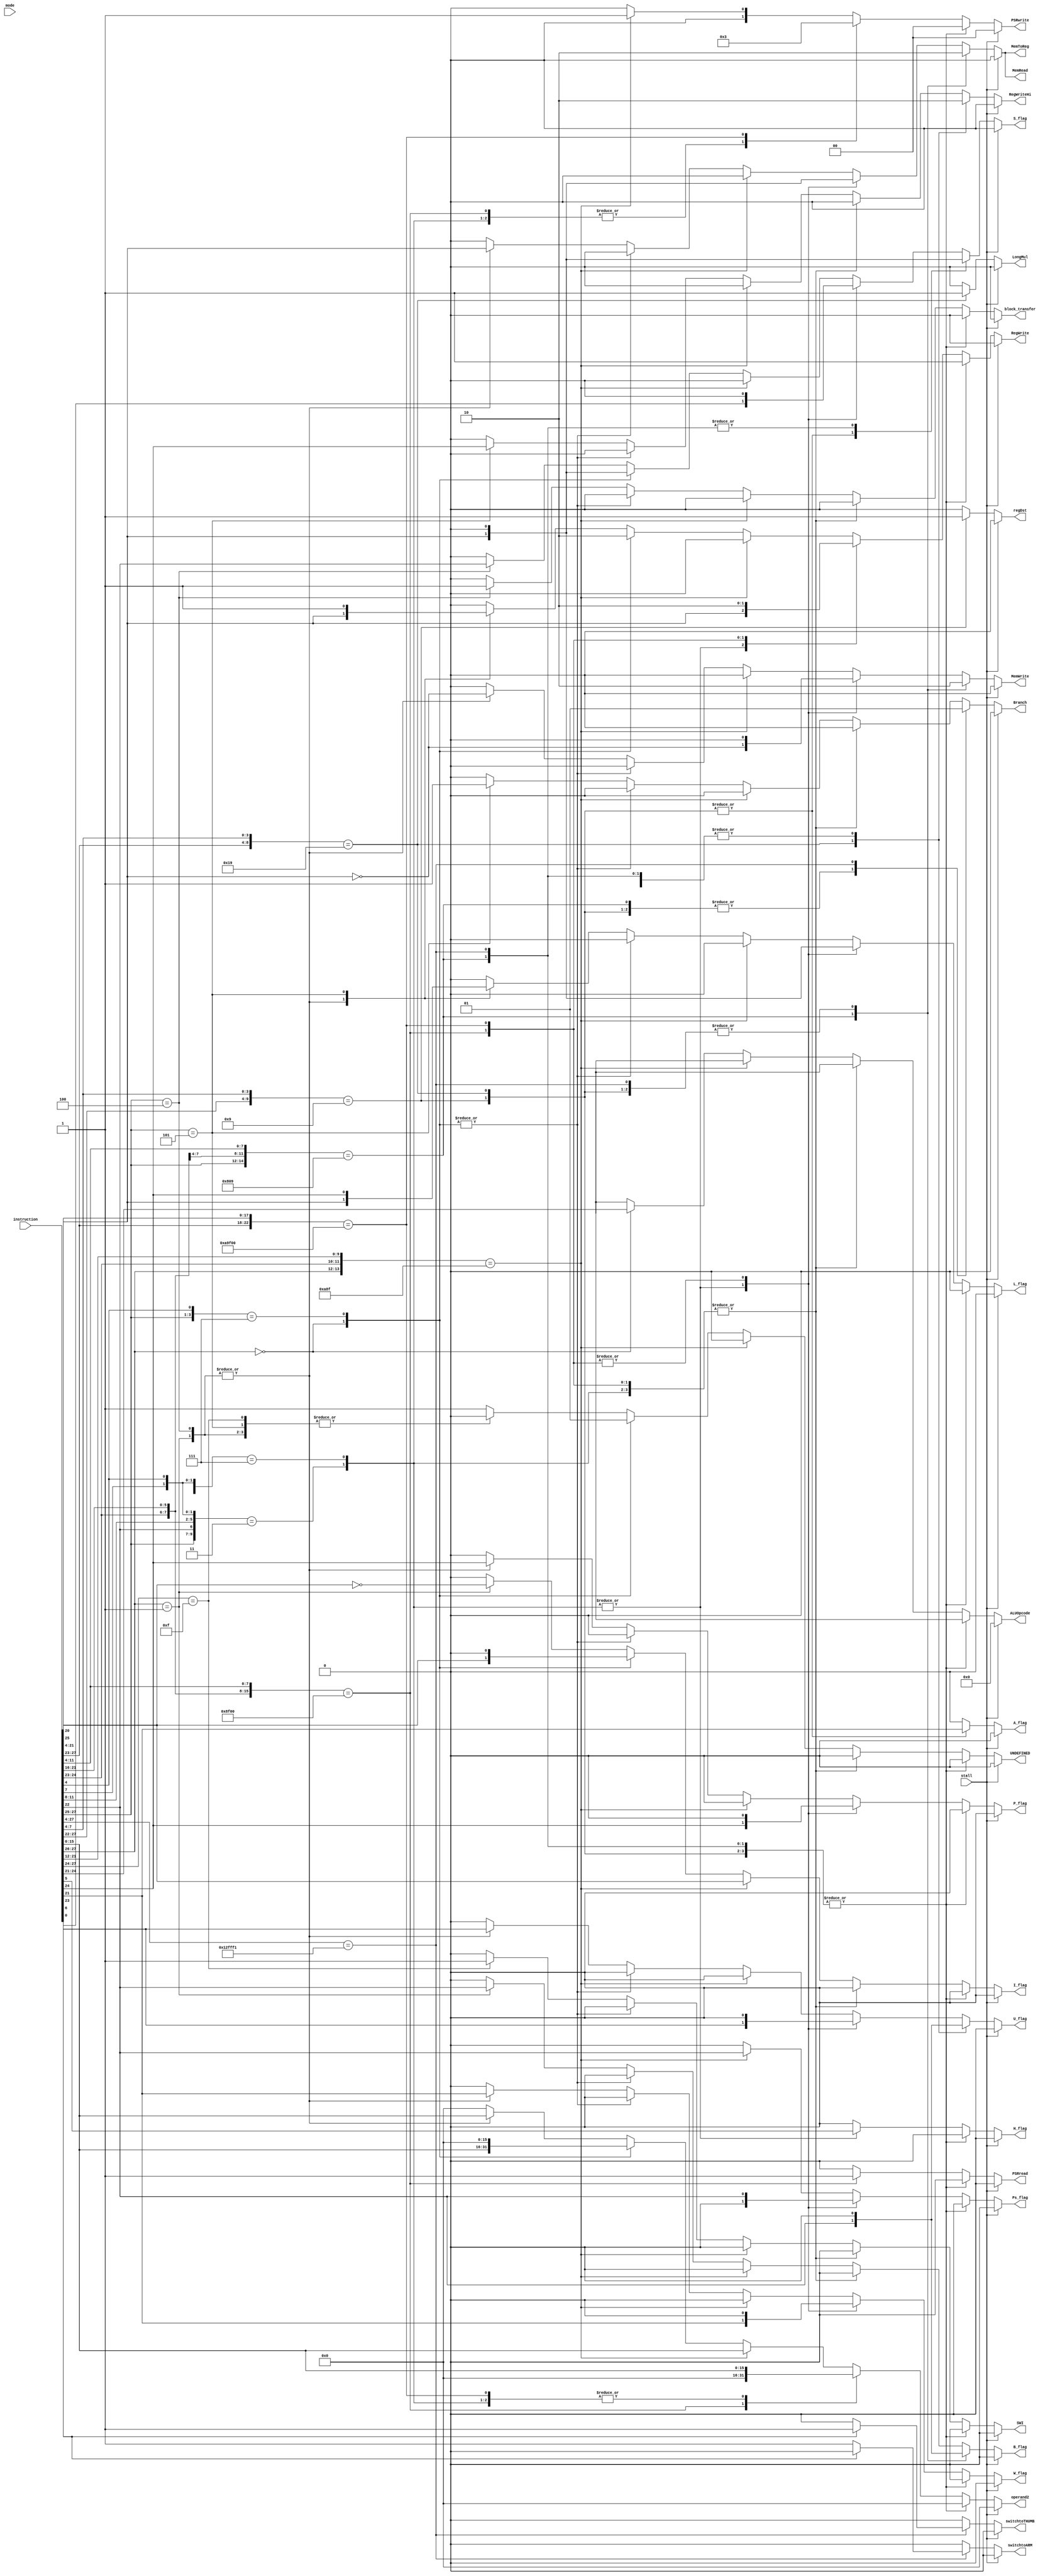
module control_unit(
    input wire [27:0] instruction,
    input wire [4:0] mode,
    input wire stall,
    output reg regDst,  //which region of the instruction denotes Rd?
                        // 0 for 15:12 (Lo),  1 for 19:16 (Hi)
    output reg MemToReg,
    output reg RegWrite,
    output reg RegWriteHi,
    output reg MemRead,
    output reg MemWrite,
    output reg Branch,
    output reg LongMul,
    output reg I_flag,
    output reg S_flag,
    output reg A_flag,
    output reg U_flag,
    output reg B_flag,
    output reg P_flag,
    output reg W_flag,
    output reg L_flag,
    output reg H_flag,
    output reg Ps_flag,
    output reg [1:0] PSRwrite, // 01 for partial write (flags), 11 for full
    output reg PSRread,
    output reg [3:0] ALUOpcode,
    output reg [15:0] operand2, //12 bits for immediate/shift stuff, 16 for block xfers
    output reg block_transfer,
    output reg switchtoARM,
    output reg switchtoTHUMB,
    output reg SWI,
    output reg UNDEFINED
);

always@(*)
  if (stall) begin
      regDst = 1'b0;
      MemToReg = 1'b0;
      RegWrite = 1'b0;
      RegWriteHi = 1'b0;
      MemRead = 1'b0;
      MemWrite = 1'b0;
      Branch = 1'b0;
      LongMul = 1'b0;
      I_flag = 1'b0;
      S_flag = 1'b0;
      A_flag = 1'b0;
      U_flag = 1'b0;
      B_flag = 1'b0;
      P_flag = 1'b0;
      W_flag = 1'b0;
      L_flag = 1'b0;
      H_flag = 1'b0;
      Ps_flag = 1'b0;
      PSRwrite = 2'b0;
      PSRread = 1'b0;
      ALUOpcode = 4'b0;
      operand2 = 12'b0;
      block_transfer = 1'b0;
      switchtoARM = 1'b0;
      switchtoTHUMB = 1'b0;
      SWI = 1'b0;
      UNDEFINED = 1'b0;
  end
  else
  casex(instruction[27:4])
    24'b000000XXXXXXXXXXXXXX1001: begin //multiply
        regDst = 1'b1;
        MemToReg = 1'b0;
        RegWrite = 1'b1;
        RegWriteHi = 1'b0;
        MemRead = 1'b0;
        MemWrite = 1'b0;
        Branch = 1'b0;
        LongMul = 1'b0;
        I_flag = 1'b0;
        S_flag = instruction[20];
        A_flag = instruction[21];
        U_flag = 1'b0;
        B_flag = 1'b0;
        P_flag = 1'b0;
        W_flag = 1'b0;
        L_flag = 1'b0;
        H_flag = 1'b0;
        Ps_flag = 1'b0;
        PSRwrite = 2'b0;
        PSRread = 1'b0;
        ALUOpcode = 4'bXXXX;
        operand2 = 12'b0;
        block_transfer = 1'b0;
        switchtoARM = 1'b0;
        switchtoTHUMB = 1'b0;
        SWI = 1'b0;
        UNDEFINED = 1'b0;
        end
    24'b00001XXXXXXXXXXXXXXX1001: begin //multiply long
        regDst = 1'b0;
        MemToReg = 1'b0;
        RegWrite = 1'b1;
        RegWriteHi = 1'b1;
        MemRead = 1'b0;
        MemWrite = 1'b0;
        Branch = 1'b0;
        LongMul = 1'b1;
        I_flag = 1'b0;
        S_flag = instruction[20];
        A_flag = instruction[21];
        U_flag = instruction[22];
        B_flag = 1'b0;
        P_flag = 1'b0;
        W_flag = 1'b0;
        L_flag = 1'b0;
        H_flag = 1'b0;
        Ps_flag = 1'b0;
        PSRwrite = 2'b0;
        PSRread = 1'b0;
        ALUOpcode = 4'bXXXX;
        operand2 = 12'b0;
        block_transfer = 1'b0;
        switchtoARM = 1'b0;
        switchtoTHUMB = 1'b0;
        SWI = 1'b0;
        UNDEFINED = 1'b0;
        end
    24'b00010X00XXXXXXXX00001001: begin //single data swap
        regDst = 1'b0;
        MemToReg = 1'b1;
        RegWrite = 1'b1;
        RegWriteHi = 1'b0;
        MemRead = 1'b1;
        MemWrite = 1'b1;
        Branch = 1'b0;
        LongMul = 1'b0;
        I_flag = 1'b0;
        S_flag = 1'b0;
        A_flag = 1'b0;
        U_flag = 1'b0;
        B_flag = instruction[22];
        P_flag = 1'b0;
        W_flag = 1'b0;
        L_flag = 1'b0;
        H_flag = 1'b0;
        Ps_flag = 1'b0;
        PSRwrite = 2'b0;
        PSRread = 1'b0;
        ALUOpcode = 4'bXXXX;
        operand2 = 12'b0;
        block_transfer = 1'b0;
        switchtoARM = 1'b0;
        switchtoTHUMB = 1'b0;
        SWI = 1'b0;
        UNDEFINED = 1'b0;
        end
    24'b000100101111111111110001: begin //branch and exchange
        regDst = 1'b0;
        MemToReg = 1'b0;
        RegWrite = 1'b1;
        RegWriteHi = 1'b0;
        MemRead = 1'b0;
        MemWrite = 1'b0;
        Branch = 1'b1;
        LongMul = 1'b0;
        I_flag = 1'b0;
        S_flag = 1'b0;
        A_flag = 1'b0;
        U_flag = 1'b0;
        B_flag = 1'b0;
        P_flag = 1'b0;
        W_flag = 1'b0;
        L_flag = 1'b0;
        H_flag = 1'b0;
        Ps_flag = 1'b0;
        PSRwrite = 2'b0;
        PSRread = 1'b0;
        ALUOpcode = 4'bXXXX;
        operand2 = 12'b0;
        block_transfer = 1'b0;
        switchtoARM   = instruction[0] == 1 ? 0 : 1;
        switchtoTHUMB = instruction[0] == 1 ? 1 : 0;
        SWI = 1'b0;
        UNDEFINED = 1'b0;
        end
    24'b000XX0XXXXXXXXXX00001XX1: begin //halfword data transfer- register offset
        regDst = 1'b0;
        MemToReg = instruction[20];
        RegWrite = instruction[20];
        RegWriteHi = 1'b0;
        MemRead = instruction[20];
        MemWrite = ~instruction[20];
        Branch = 1'b0;
        LongMul = 1'b0;
        I_flag = 1'b0;
        S_flag = instruction[6];
        A_flag = 1'b0;
        U_flag = instruction[23];
        B_flag = 1'b0;
        P_flag = instruction[24];
        W_flag = instruction[21];
        L_flag = instruction[20];
        H_flag = instruction[5];
        Ps_flag = 1'b0;
        PSRwrite = 2'b0;
        PSRread = 1'b0;
        ALUOpcode = 4'bXXXX;
        operand2 = instruction[15:0];
        block_transfer = 1'b0;
        switchtoARM = 1'b0;
        switchtoTHUMB = 1'b0;
        SWI = 1'b0;
        UNDEFINED = 1'b0;
        end
    24'b000XX1XXXXXXXXXXXXXX1XX1: begin //halfword data transfer- immediate offset
        regDst = 1'b0;
        MemToReg = instruction[20];
        RegWrite = instruction[20];
        RegWriteHi = 1'b0;
        MemRead = instruction[20];
        MemWrite = ~instruction[20];
        Branch = 1'b0;
        LongMul = 1'b0;
        I_flag = 1'b0;
        S_flag = instruction[6];
        A_flag = 1'b0;
        U_flag = instruction[23];
        B_flag = 1'b0;
        P_flag = instruction[24];
        W_flag = instruction[21];
        L_flag = instruction[20];
        H_flag = instruction[5];
        Ps_flag = 1'b0;
        PSRwrite = 2'b0;
        PSRread = 1'b0;
        ALUOpcode = 4'bXXXX;
        operand2 = instruction[15:0];
        block_transfer = 1'b0;
        switchtoARM = 1'b0;
        switchtoTHUMB = 1'b0;
        SWI = 1'b0;
        UNDEFINED = 1'b0;
        end
    24'b00010X001111XXXX00000000: begin //PSR xfer - MRS - psr to register
        regDst = 1'b0;
        MemToReg = 1'b0;
        RegWrite = 1'b1;
        RegWriteHi = 1'b0;
        MemRead = 1'b0;
        MemWrite = 1'b0;
        Branch = 1'b0;
        LongMul = 1'b0;
        I_flag = 1'b0;
        S_flag = 1'b0;
        A_flag = 1'b0;
        U_flag = 1'b0;
        B_flag = 1'b0;
        P_flag = 1'b0;
        W_flag = 1'b0;
        L_flag = 1'b0;
        H_flag = 1'b0;
        Ps_flag = instruction[22];
        PSRwrite = 2'b0;
        PSRread = 1'b1;
        ALUOpcode = 4'bXXXX;
        operand2 = 12'b0;
        block_transfer = 1'b0;
        switchtoARM = 1'b0;
        switchtoTHUMB = 1'b0;
        SWI = 1'b0;
        UNDEFINED = 1'b0;
        end
    24'b00010X101001111100000000: begin //PSR xfer - MSR - reg contents to PSR
        regDst = 1'b0;
        MemToReg = 1'b0;
        RegWrite = 1'b0;
        RegWriteHi = 1'b0;
        MemRead = 1'b0;
        MemWrite = 1'b0;
        Branch = 1'b0;
        LongMul = 1'b0;
        I_flag = 1'b0;
        S_flag = 1'b0;
        A_flag = 1'b0;
        U_flag = 1'b0;
        B_flag = 1'b0;
        P_flag = 1'b0;
        W_flag = 1'b0;
        L_flag = 1'b0;
        H_flag = 1'b0;
        Ps_flag = instruction[22];
        PSRwrite = 2'b11; //whole PSR write
        PSRread = 1'b0;
        ALUOpcode = 4'bXXXX;
        operand2 = instruction[15:0];
        block_transfer = 1'b0;
        switchtoARM = 1'b0;
        switchtoTHUMB = 1'b0;
        SWI = 1'b0;
        UNDEFINED = 1'b0;
        end
    24'b00X10X1010001111XXXXXXXX: begin //PSR xfer - MSR - reg contents/immediate to PSR (flag bits only)
        regDst = 1'b0;
        MemToReg = 1'b0;
        RegWrite = 1'b0;
        RegWriteHi = 1'b0;
        MemRead = 1'b0;
        MemWrite = 1'b0;
        Branch = 1'b0;
        LongMul = 1'b0;
        I_flag = instruction[25];
        S_flag = 1'b0;
        A_flag = 1'b0;
        U_flag = 1'b0;
        B_flag = 1'b0;
        P_flag = 1'b0;
        W_flag = 1'b0;
        L_flag = 1'b0;
        H_flag = 1'b0;
        Ps_flag = instruction[22];
        PSRwrite = 2'b01; //write to just the PSR flags
        PSRread = 1'b0;
        ALUOpcode = 4'bXXXX;
        operand2 = instruction[15:0];
        block_transfer = 1'b0;
        switchtoARM = 1'b0;
        switchtoTHUMB = 1'b0;
        SWI = 1'b0;
        UNDEFINED = 1'b0;
        end            
    24'b00XXXXXXXXXXXXXXXXXXXXXX: begin //data processing (ALU)
        regDst = 1'b0;
        MemToReg = 1'b0;
        RegWrite = 1'b1;
        RegWriteHi = 1'b0;
        MemRead = 1'b0;
        MemWrite = 1'b0;
        Branch = 1'b0;
        LongMul = 1'b0;
        I_flag = instruction[25];
        S_flag = instruction[20];
        A_flag = 1'b0;
        U_flag = 1'b0;
        B_flag = 1'b0;
        P_flag = 1'b0;
        W_flag = 1'b0;
        L_flag = 1'b0;
        H_flag = 1'b0;
        Ps_flag = 1'b0;
        PSRwrite = 2'b0;
        PSRread = 1'b0;
        ALUOpcode = instruction[24:21];
        operand2 = instruction[15:0];
        block_transfer = 1'b0;
        switchtoARM = 1'b0;
        switchtoTHUMB = 1'b0;
        SWI = 1'b0;
        UNDEFINED = 1'b0;
        end
    24'b011XXXXXXXXXXXXXXXXXXXX1: begin //undefined
        regDst = 1'b0;
        MemToReg = 1'b0;
        RegWrite = 1'b0;
        RegWriteHi = 1'b0;
        MemRead = 1'b0;
        MemWrite = 1'b0;
        Branch = 1'b0;
        LongMul = 1'b0;
        I_flag = 1'b0;
        S_flag = 1'b0;
        A_flag = 1'b0;
        U_flag = 1'b0;
        B_flag = 1'b0;
        P_flag = 1'b0;
        W_flag = 1'b0;
        L_flag = 1'b0;
        H_flag = 1'b0;
        Ps_flag = 1'b0;
        PSRwrite = 2'b0;
        PSRread = 1'b0;
        ALUOpcode = 4'bXXXX;
        operand2 = 12'b0;
        block_transfer = 1'b0;
        switchtoARM   = 1'b0;
        switchtoTHUMB = 1'b0;
        SWI = 1'b0;
        UNDEFINED = 1'b1;
        end
    24'b01XXXXXXXXXXXXXXXXXXXXXX: begin //single data xfer
        // bit 20 is L/S bit.    0=S,    1=L
        regDst = 1'b0;
        MemToReg = instruction[20];
        RegWrite = instruction[20];
        RegWriteHi = 1'b0;
        MemRead = instruction[20];
        MemWrite = ~instruction[20];
        Branch = 1'b0;
        LongMul = 1'b0;
        I_flag = ~instruction[25]; //look at page 70 of datasheet(4-28). they flipped it
        S_flag = 1'b0;
        A_flag = 1'b0;
        U_flag = instruction[23];
        B_flag = instruction[22];
        P_flag = instruction[24];
        W_flag = instruction[21];
        L_flag = instruction[20];
        H_flag = 1'b0;
        Ps_flag = 1'b0;
        PSRwrite = 2'b0;
        PSRread = 1'b0;
        ALUOpcode = 4'bXXXX;
        operand2 = instruction[15:0];
        block_transfer = 1'b0;
        switchtoARM = 1'b0;
        switchtoTHUMB = 1'b0;
        SWI = 1'b0;
        UNDEFINED = 1'b0;
        end
    24'b100XXXXXXXXXXXXXXXXXXXXX: begin //block data xfer
        // bit 20 is L/S bit.    0=S,    1=L
        regDst = 1'b0;
        MemToReg = instruction[20];
        RegWrite = instruction[20];
        RegWriteHi = 1'b0;
        MemRead = instruction[20];
        MemWrite = ~instruction[20];
        Branch = 1'b0;
        LongMul = 1'b0;
        I_flag = 1'b0;
        S_flag = instruction[22];
        A_flag = 1'b0;
        U_flag = instruction[23];
        B_flag = 1'b0;
        P_flag = instruction[24];
        W_flag = instruction[21];
        L_flag = instruction[20];
        H_flag = 1'b0;
        Ps_flag = 1'b0;
        PSRwrite = 2'b0;
        PSRread = 1'b0;
        ALUOpcode = 4'bXXXX;
        operand2 = instruction[15:0];
        block_transfer = 1'b1;
        switchtoARM = 1'b0;
        switchtoTHUMB = 1'b0;
        SWI = 1'b0;
        UNDEFINED = 1'b0;
        end
    24'b101XXXXXXXXXXXXXXXXXXXXX: begin //branch, branch and link
        regDst = 1'b0;
        MemToReg = 1'b0;
        RegWrite = 1'b1;              //write new PC to PC (reg 15)
        RegWriteHi = instruction[24]; //link flag writes old PC to reg 14
        MemRead = 1'b0;
        MemWrite = 1'b0;
        Branch = 1'b1;
        LongMul = 1'b0;
        I_flag = 1'b0;
        S_flag = 1'b0;
        A_flag = 1'b0;
        U_flag = 1'b0;
        B_flag = 1'b0;
        P_flag = 1'b0;
        W_flag = 1'b0;
        L_flag = instruction[24];
        H_flag = 1'b0;
        Ps_flag = 1'b0;
        PSRwrite = 2'b0;
        PSRread = 1'b0;
        ALUOpcode = 4'bXXXX;
        operand2 = 12'b0;
        block_transfer = 1'b0;
        switchtoARM = 1'b0;
        switchtoTHUMB = 1'b0;
        SWI = 1'b0;
        UNDEFINED = 1'b0;
        end
    24'b1111XXXXXXXXXXXXXXXXXXXX: begin //software interrupt
        regDst = 1'b0;
        MemToReg = 1'b0;
        RegWrite = 1'b0;
        RegWriteHi = 1'b0;
        MemRead = 1'b0;
        MemWrite = 1'b0;
        Branch = 1'b0;
        LongMul = 1'b0;
        I_flag = 1'b0;
        S_flag = 1'b0;
        A_flag = 1'b0;
        U_flag = 1'b0;
        B_flag = 1'b0;
        P_flag = 1'b0;
        W_flag = 1'b0;
        L_flag = 1'b0;
        H_flag = 1'b0;
        Ps_flag = 1'b0;
        PSRwrite = 2'b0;
        PSRread = 1'b0;
        ALUOpcode = 4'bXXXX;
        operand2 = 12'b0;
        block_transfer = 1'b0;
        switchtoARM   = 1'b0;
        switchtoTHUMB = 1'b0;
        SWI = 1'b1;
        UNDEFINED = 1'b0;
        end
    default: begin
        regDst = 1'b0;
        MemToReg = 1'b0;
        RegWrite = 1'b0;
        RegWriteHi = 1'b0;
        MemRead = 1'b0;
        MemWrite = 1'b0;
        Branch = 1'b0;
        LongMul = 1'b0;
        I_flag = 1'b0;
        S_flag = 1'b0;
        A_flag = 1'b0;
        U_flag = 1'b0;
        B_flag = 1'b0;
        P_flag = 1'b0;
        W_flag = 1'b0;
        L_flag = 1'b0;
        H_flag = 1'b0;
        Ps_flag = 1'b0;
        PSRwrite = 2'b0;
        PSRread = 1'b0;
        ALUOpcode = 4'bXXXX;
        operand2 = 12'b0;
        block_transfer = 1'b0;
        switchtoARM   = 1'b0;
        switchtoTHUMB = 1'b0;
        SWI = 1'b0;
        UNDEFINED = 1'b1;
        end
  endcase
endmodule